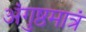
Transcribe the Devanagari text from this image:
अंगुष्ठमात्रं